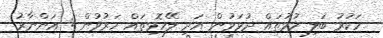
ހަކުރު ބަލި ހުޅުތައް ދުޅަވުން އަދި ލޭހޮޅިތައް ހަރުވުން : އަންނާރު